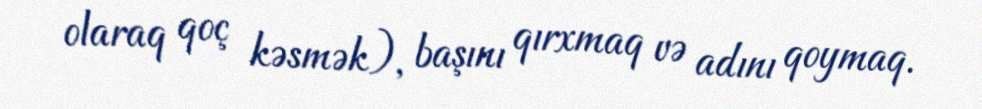
olaraq qoç kəsmək), başını qırxmaq və adını qoymaq.